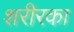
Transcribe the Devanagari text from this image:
शरीरका